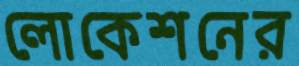
লোকেশনের